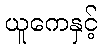
ယူကေနှင့်